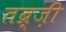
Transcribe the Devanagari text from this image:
तब्र्ज़ी